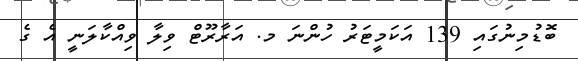
ބޮޑުމިނުގައި 139 އަކަމީޓަރު ހުންނަ މ. އަރާރޫޓް ވިލާ ވިއްކާލަނީ އެ ގެ